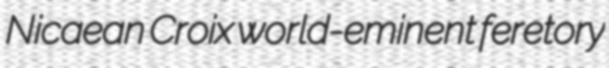
Nicaean Croix world-eminent feretory